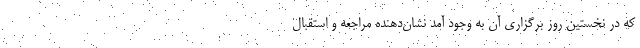
که در نخستین روز برگزاری آن به وجود آمد نشان‌دهنده مراجعه و استقبال